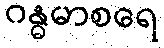
ဂန္ဓမာစရေ